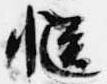
慥